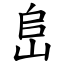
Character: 峊